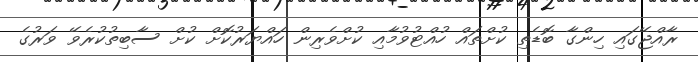
ރާއްޖޭގައި ހިންގާ ބޮޑެތި ކުށްތައް ހުއްޓުވުމާއި ކުށްވެރިން ހައްޔަރުކޮށް ކުށް ސާބިތުކުރެވޭ ވަރުގެ